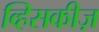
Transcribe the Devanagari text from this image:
व्हिसकीज़